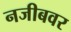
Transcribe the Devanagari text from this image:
नजीबवर